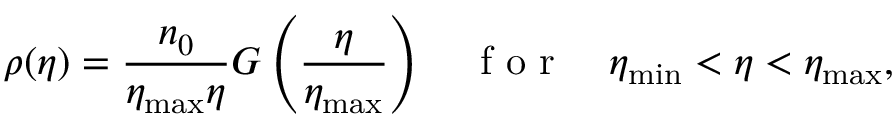
\rho ( \eta ) = \frac { n _ { 0 } } { \eta _ { \mathrm { m a x } } \eta } G \left( \frac { \eta } { \eta _ { \mathrm { m a x } } } \right) \quad \mathrm { ~ f ~ o ~ r ~ } \quad \eta _ { \mathrm { m i n } } < \eta < \eta _ { \mathrm { m a x } } ,